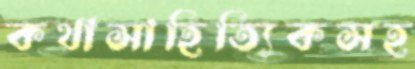
কথাসাহিত্যিকসহ